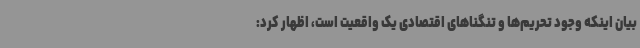
بیان اینکه وجود تحریم‌ها و تنگناهای اقتصادی یک واقعیت است، اظهار کرد: